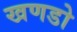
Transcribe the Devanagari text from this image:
खणडो